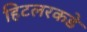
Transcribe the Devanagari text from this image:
हिटलरकडे